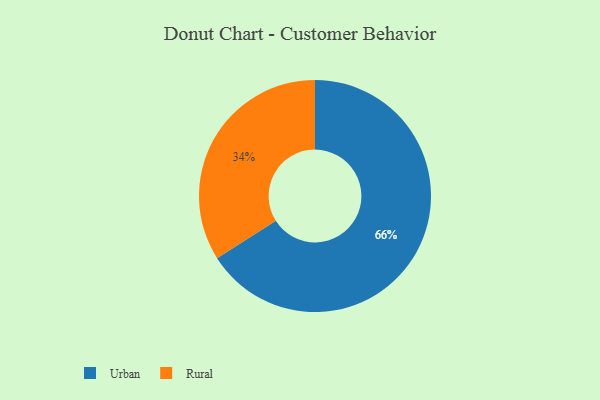
{"axis": {"x": "Category", "y": "Percentage"}, "legend": ["Rural", "Urban"], "data": [{"x": "Rural", "y": 34, "type": "Rural"}, {"x": "Urban", "y": 66, "type": "Urban"}]}